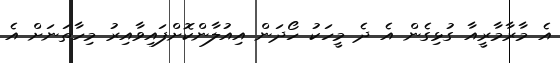
އެ މާރާމާރީއާ ގުޅިގެން އެ ދެ މީހަކު ހޯދަން އިއުލާންކޮށްފައިވާއިރު މިހާތަނަށް އެ